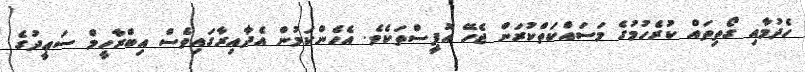
ހެދުމާއި ގޯތިތައް ކުރެހުމުގެ މަސައްކަތްކުރަން ޖެހޭ އޮފީސްތަކެވެ. އެހެންކަމުން އެދާއިރާގައިވެސް އިބްރާހީމް ސަޢީދުގެ